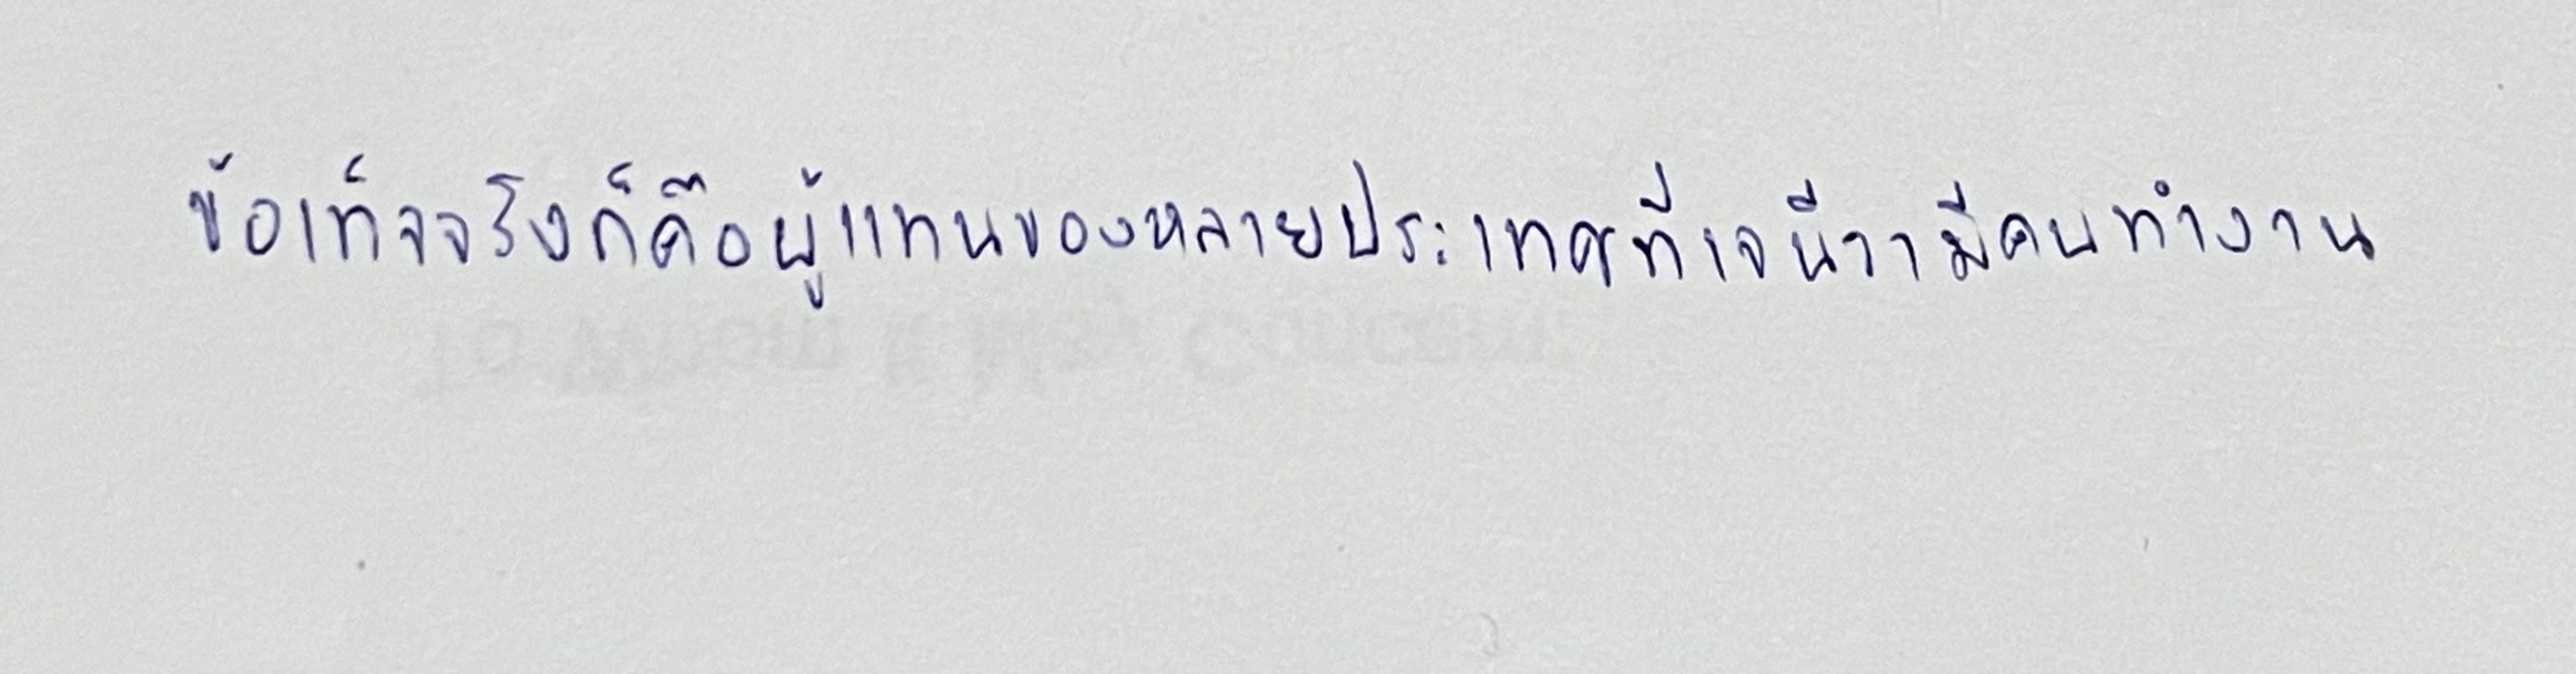
ข้อเท็จจริงก็คือผู้แทนของหลายประเทศที่เจนีวามีคนทำงาน